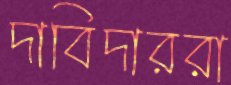
দাবিদাররা